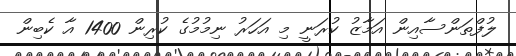
ލުފްތަންސާއިން އަމާޒު ކުރަނީ މި އަހަރު ނިމުމުގެ ކުރިން 1400 އާ ކެބިން